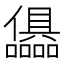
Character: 𭌷